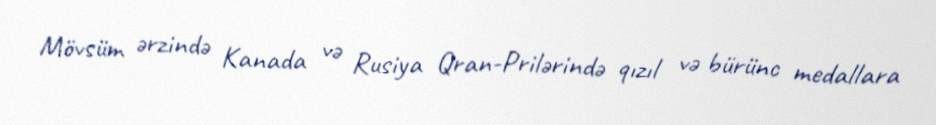
Mövsüm ərzində Kanada və Rusiya Qran-Prilərində qızıl və bürünc medallara